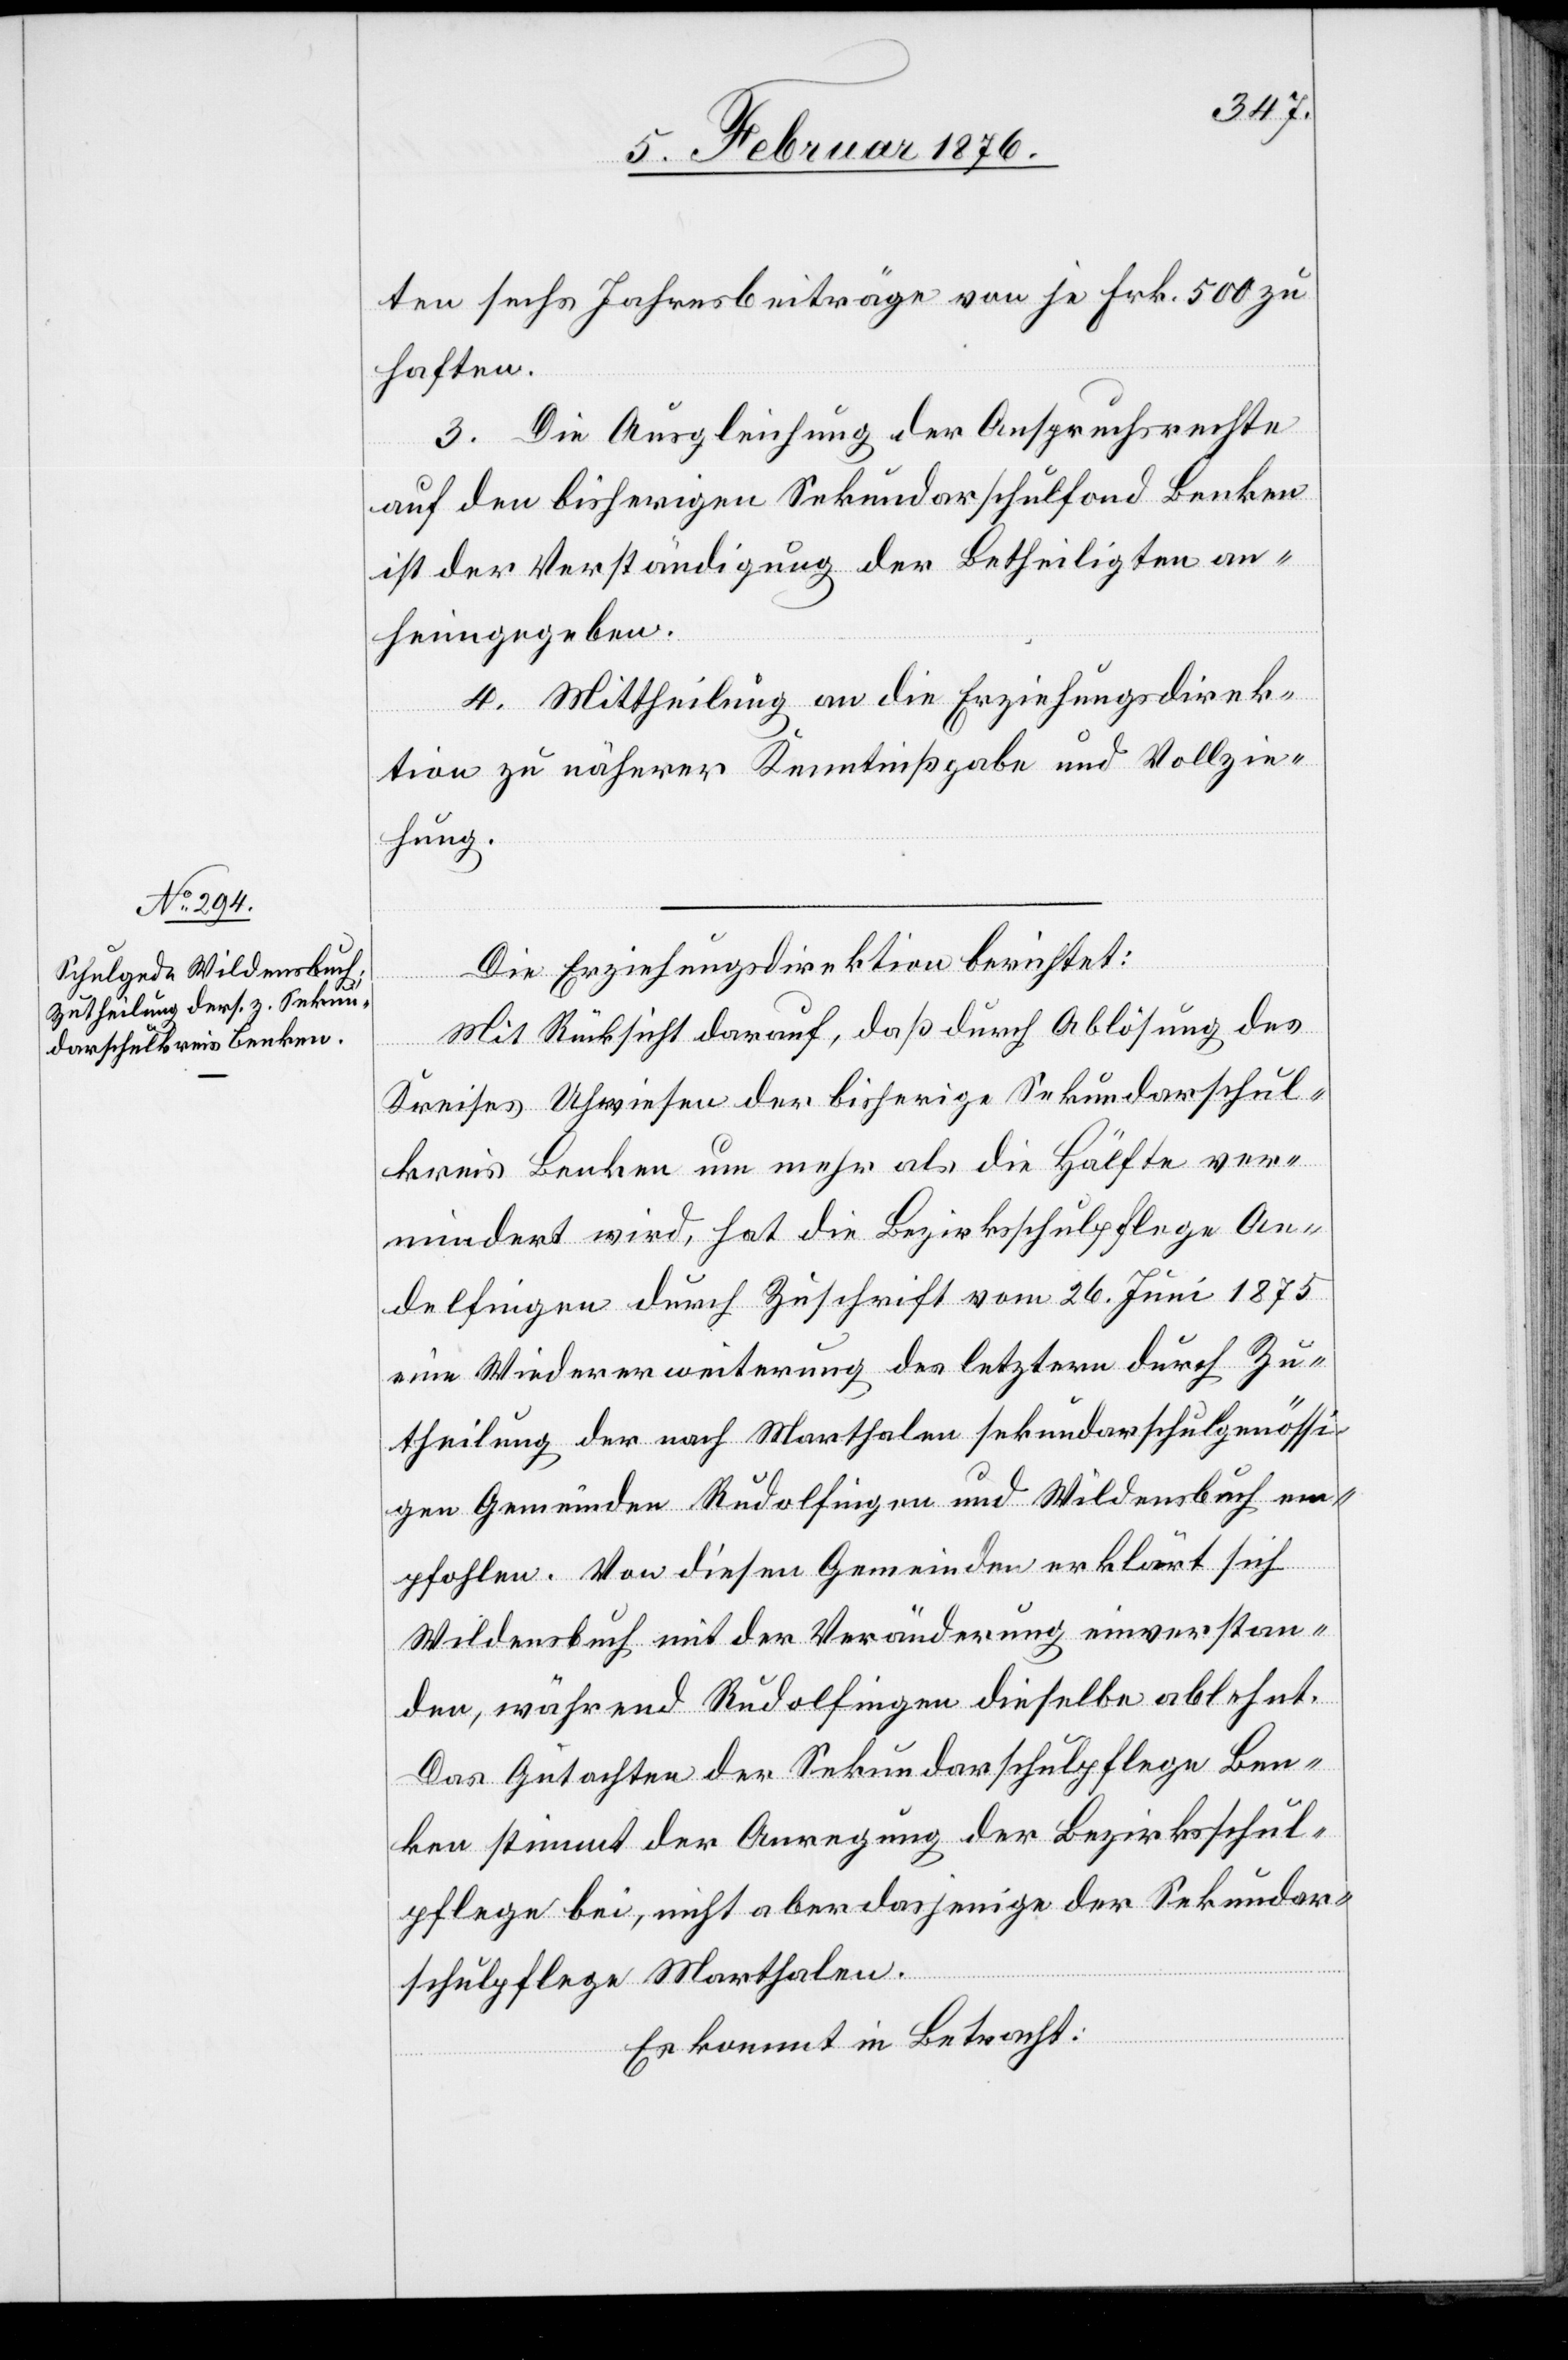
ten sechs Jahresbeiträge von je Frk. 500 zu
haften.
III. Die Ausgleichung der Anspruchsrechte
auf den bisherigen Sekundarschulfond Benken
ist der Verständigung der Betheiligten an¬
heimgeben.
IV. Mittheilung an die Erziehungsdirek¬
tion zu näherer Kenntnißgabe und Vollzie¬
hung.
Die Erziehungsdirektion berichtet:
Mit Rücksicht darauf, daß durch Ablösung des
Kreises Uhwiesen der bisherige Sekundarschul¬
kreis Benken um mehr als die Hälfte ver¬
mindert wird, hat die Bezirksschulpflege An¬
delfingen durch Zuschrift vom 26. Juni 1875
eine Wiedererweiterung des letzteren durch Zu¬
theilung der nach Marthalen sekundarschulgenössi¬
gen Gemeinden Rudolfingen und Wildensbuch em¬
pfohlen. Von diesen Gemeinden erklärt sich
Wildensbuch mit der Veränderung einverstan¬
den, während Rudolfingen dieselbe ablehnt.
Das Gutachten der Sekundarschulpflege Ben¬
ken stimmt der Anregung der Bezirksschul¬
pflege bei, nicht aber dasjenige der Sekundar¬
schulpflege Marthalen.
Es kommt in Betracht: